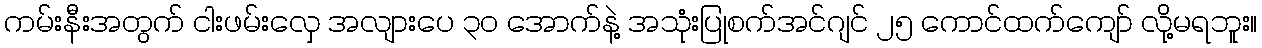
ကမ်းနီးအတွက် ငါးဖမ်းလှေ အလျားပေ ၃၀ အောက်နဲ့ အသုံးပြုစက်အင်ဂျင် ၂၅ ကောင်ထက်ကျော် လို့မရဘူး။